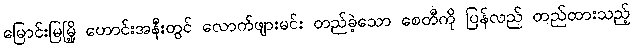
မြောင်းမြမြို့ ဟောင်းအနီးတွင် လောက်ဖျားမင်း တည်ခဲ့သော စေတီကို ပြန်လည် တည်ထားသည့်